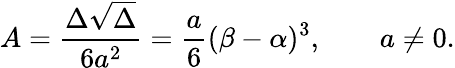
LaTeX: A={\frac{\Delta{\sqrt{\Delta}}}{6a^{2}}}={\frac{a}{6}}(\beta-\alpha)^{3},\qquad a\neq 0.